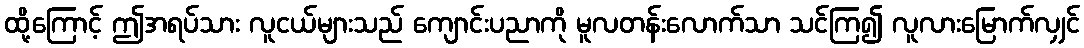
ထို့ကြောင့် ဤအရပ်သား လူငယ်များသည် ကျောင်းပညာကို မူလတန်းလောက်သာ သင်ကြ၍ လူလားမြောက်လျှင်